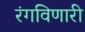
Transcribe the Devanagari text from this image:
रंगविणारी